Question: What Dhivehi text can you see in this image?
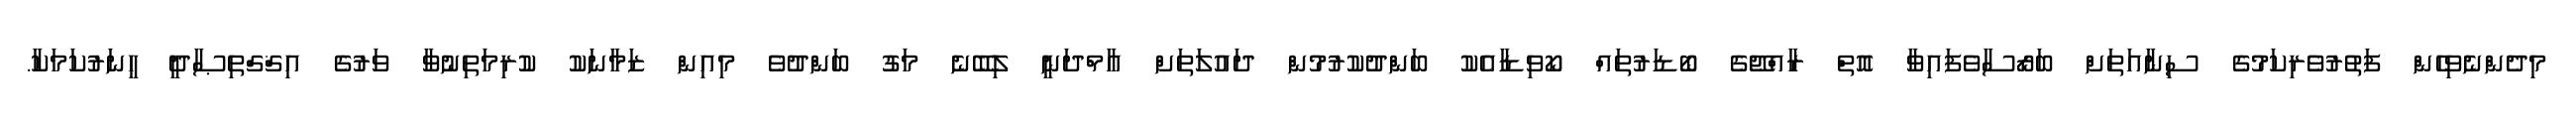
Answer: މިދެންނެވިހެން ފަތުރުވެރިކަމުގެ ސިނާއަތަށް ބަރޯސާވެފައިވާ އޮތް ރާއްޖޭގެ ބޯޑަރުތައް ކޯވިޑާއެކު ބަންދުކުރުމުން ދައުލަތަށް އާމްދަނީ ލިބޭނެ މަގު ބަންދުވެ މިއިން ޒަމާނަކު ކުރިމަތިނުވާ ވަރުގެ އިޤްގްތިޞާދީ ހީނަރުކަމަކާ.